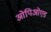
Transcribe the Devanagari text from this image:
ओपिओएड